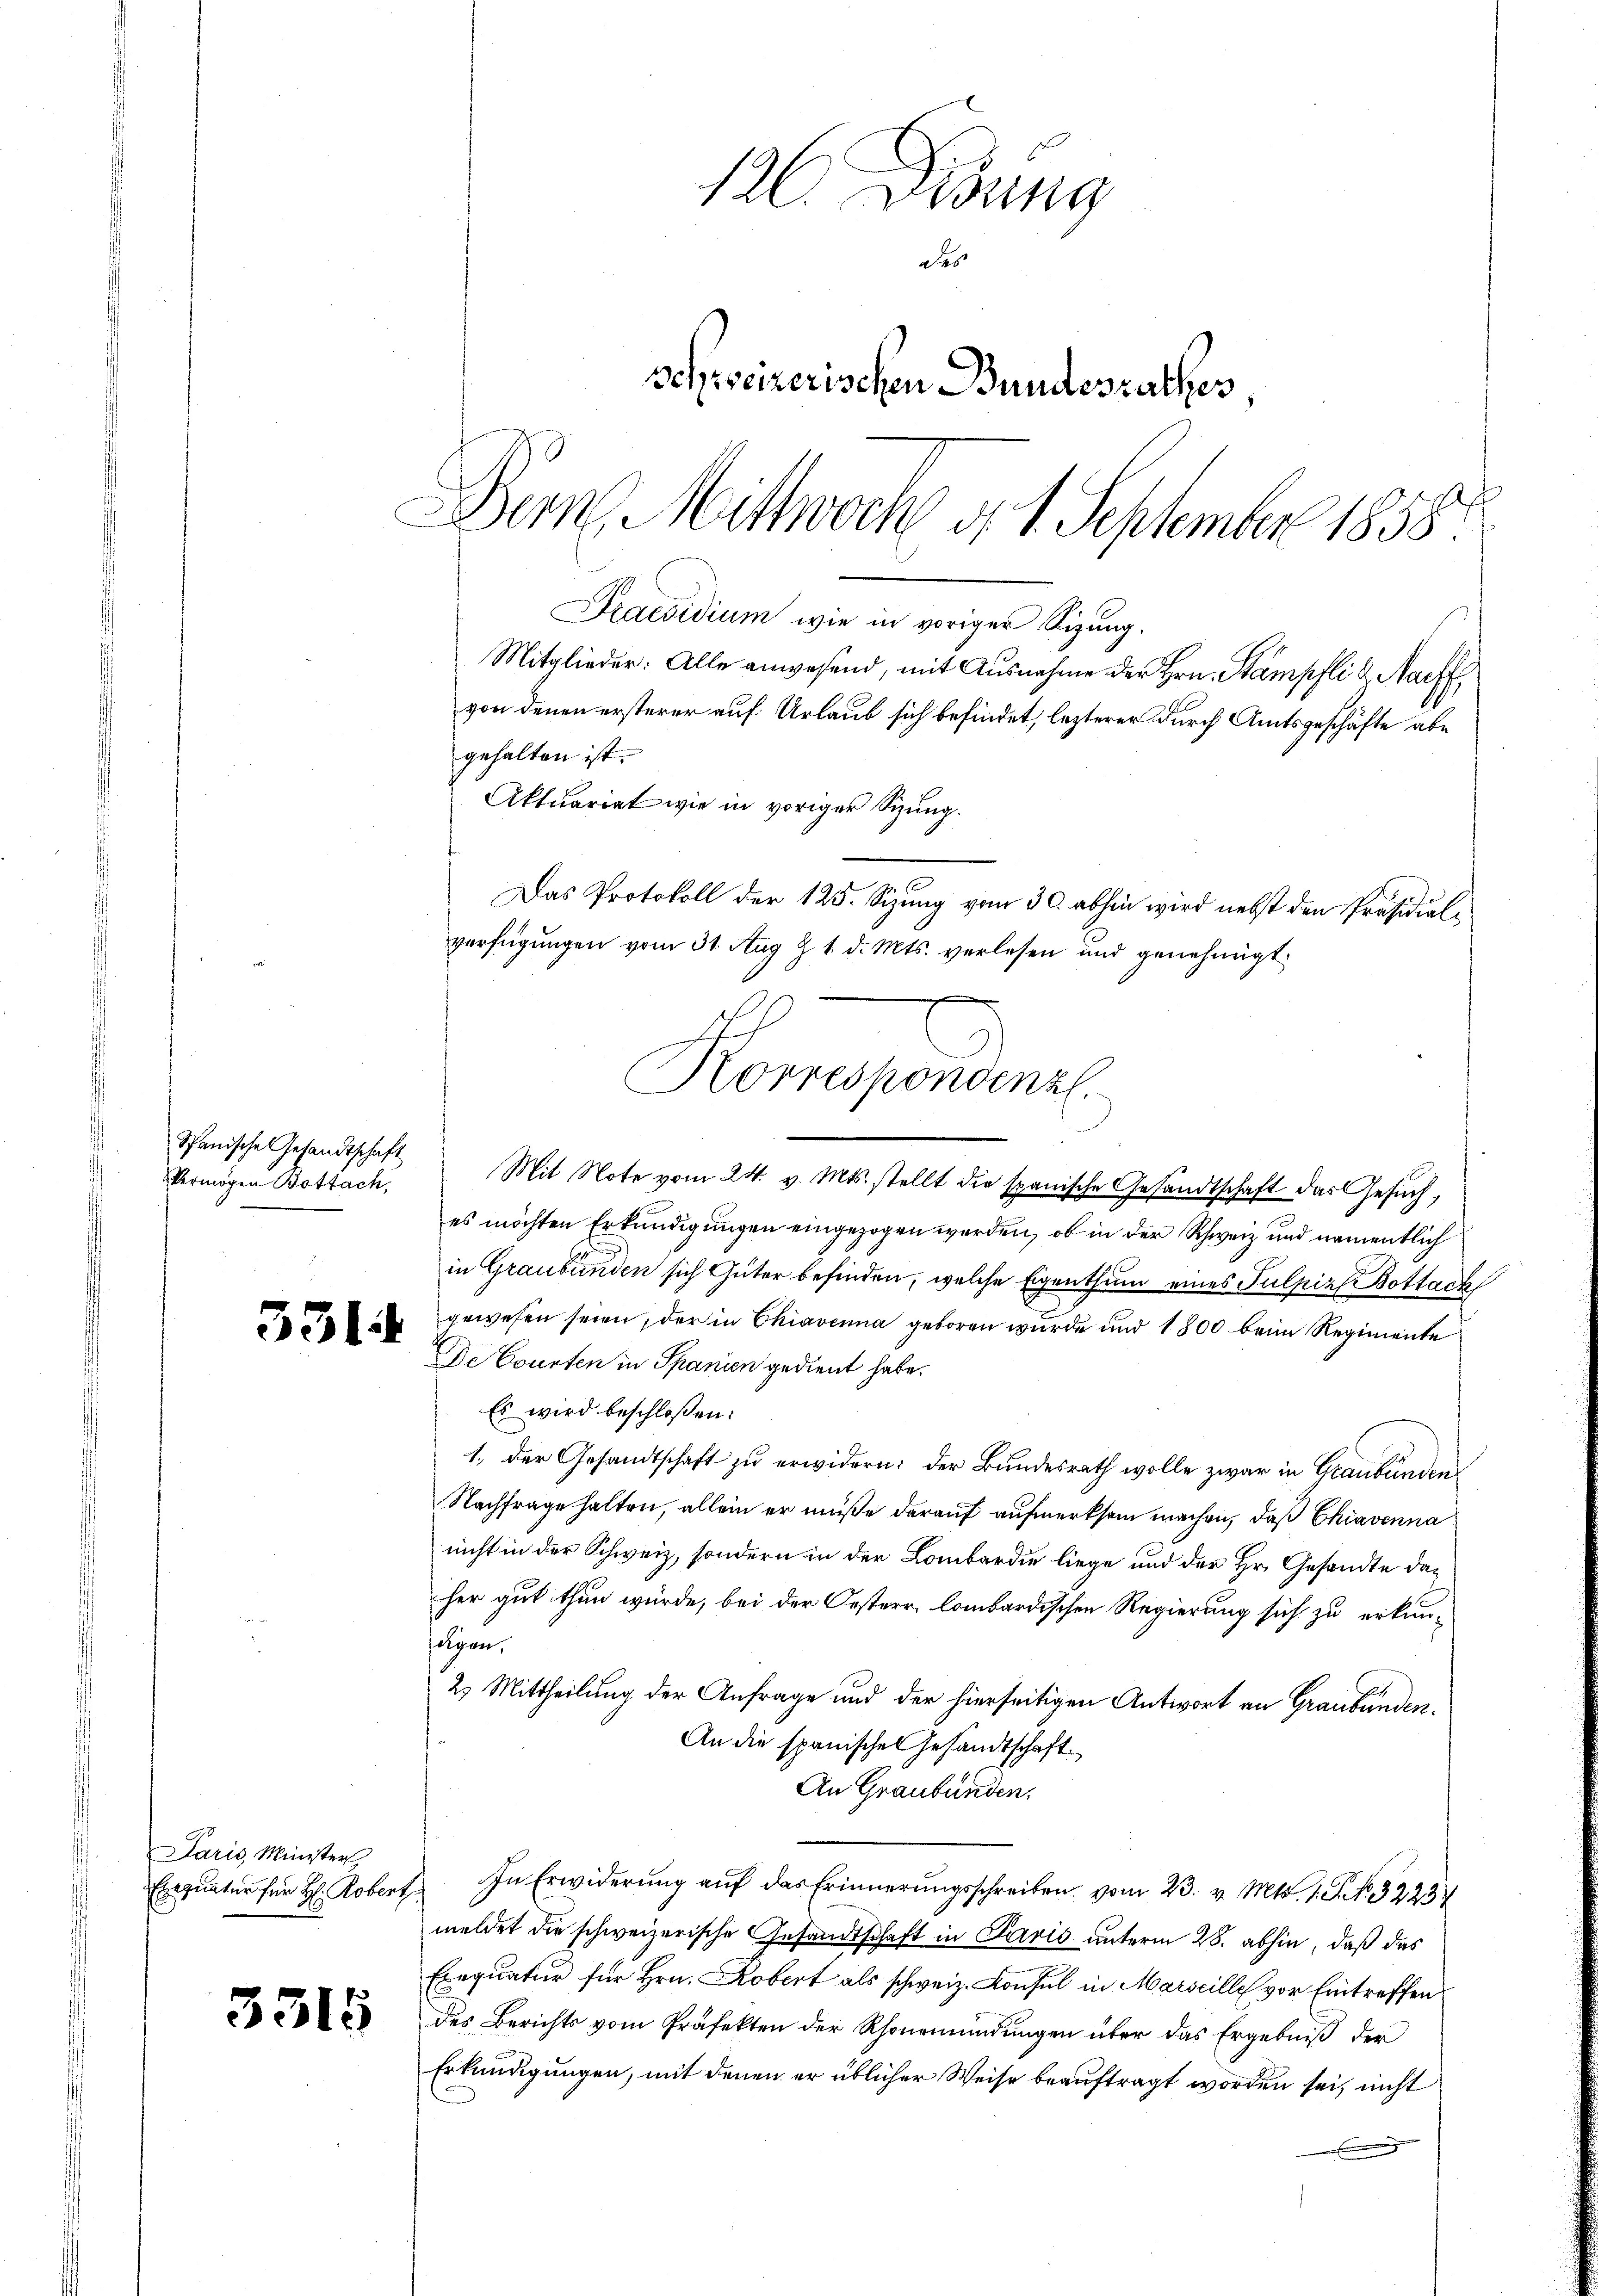
Spanische Gesandtschaft
Vermögen Bottach,

331

Paris, Minister

3315

Praesidium wie in voriger Sigung.
Mitglieder: Alle anwesend, mit Ausnahme der Hrn. Stampfli u. Nachf
von denen ersterer auf Urlaub sich befindet, lezterer Durch Amtsgeschäfte abe
gehalten ist.

Aktuariat wie in voriger Sizung.
Das Protokoll der 125. Sizung vom 30. abhin wird nebst den Präsidialverfügungen vom 31. Aug Z 1 d. Mts. verlesen und genehmigt
Mit Note vom 24. v. Mts. stellt die spanische Gesandtschaft das Gesuch,
es möchten Erkundigungen eingezogen werden, ob in der Schweiz und namentlich
in Graubünden sich Güter befinden, welche Eigenthum eines Pulpirs Bottach
gewesen seien, der in Chiavenna geboren wurde und 1800 beim Regimente
De Courten in Spanien gedient habe.
Es wird beschloßen:
1., der Gesandtschaft zu erwidern: der Bundesrath wolle zwar in Graubünden
Nachfrage halten, allein er müße darauf aufmerksam machen, daß Chiavenna
nicht in der Schweiz, sondern in der Lombardie liege und der Hr. Gesandte daher gut thun würde, bei der Oesterr, lombardischen Regierung sich zu erkunfolgen.
2. Mittheilung der Anfrage und der hierseitigen Antwort an Graubünden¬
An die spanische Gesandtschaft.
An Graubünden.
Exequatur für H. Robert. In Erwiderŭng aŭf das Erinnerungsschreiben vom 23. v. Mts. 1. P. Nr. 32234
meldet die schweizerische Gesandtschaft in Paris unterm 28. abhin, daß das
Exequatur für Hrn. Kobert als schweiz. Konsul in Marseille vor Eintreffen
des Berichts vom Präfekten der Rhonemündŭngen über das Ergebniβ der
Erkundigungen, mit denen er üblicher Weise beauftragt worden sei, nicht

126. Didung
des
Schweizerischen Bundesrathes,
Den Mittwoch d. 1. September 1858.

Korrespondenzl.